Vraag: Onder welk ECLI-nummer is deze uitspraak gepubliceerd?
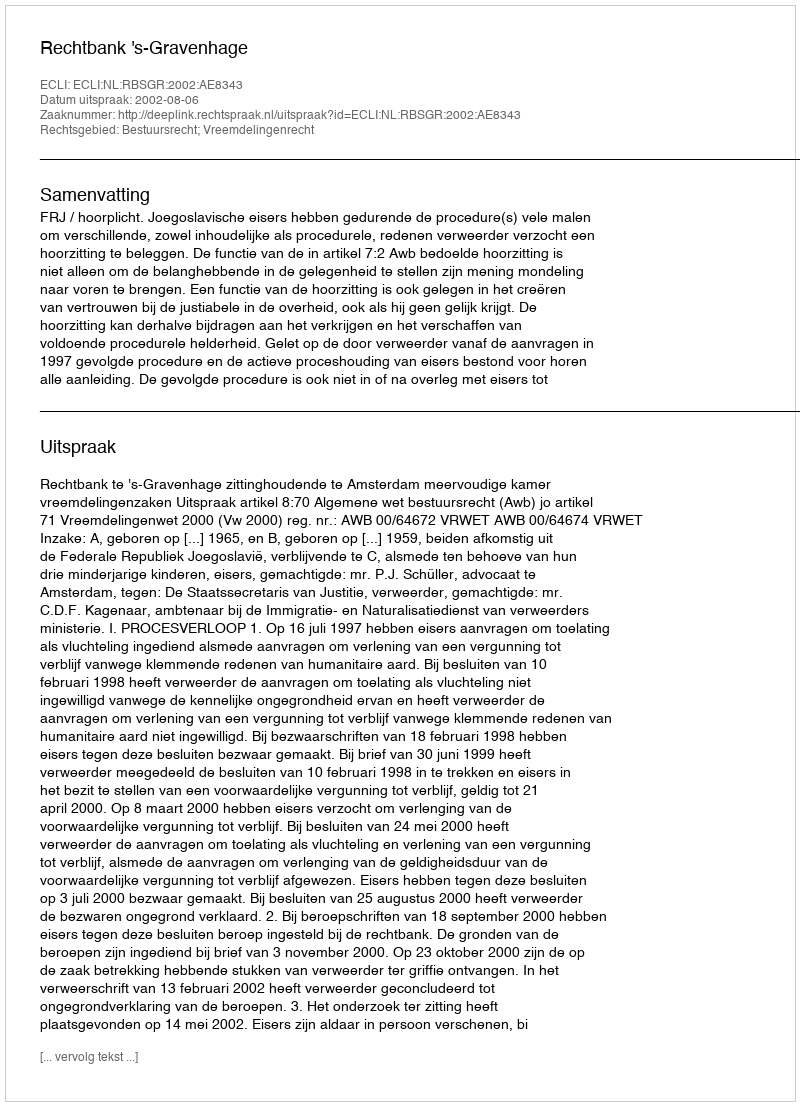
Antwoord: ECLI:NL:RBSGR:2002:AE8343